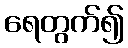
ရေတွက်၍